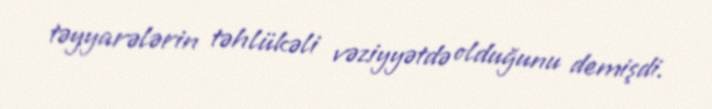
təyyarələrin təhlükəli vəziyyətdə olduğunu demişdi.